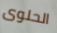
الحلوى